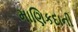
માણિકદાની